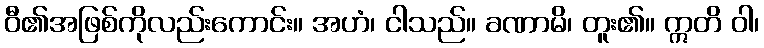
ဝီ၏အဖြစ်ကိုလည်းကောင်း။ အဟံ၊ ငါသည်။ ခဏာမိ၊ တူး၏။ ဣတိ ဝါ၊